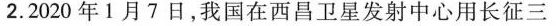
2.2020年1月7日，我国在西昌卫星发射中心用长征三